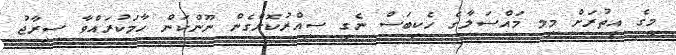
މީގެ އިތުރަށް މިމ މައްސަލާގެ ހެކިބަސް ނެގީ ސިއްރުކޮށްގެން ނޫންކަން ހާމަކުރައްވާ ސިރާޖު